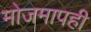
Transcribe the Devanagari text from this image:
मोजमापही